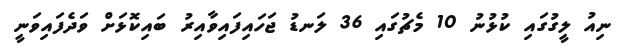
ނިއު ލީގުގައި ކުޅުނު 10 މެޗުގައި 36 ލަނޑު ޖަހައިފައިވާއިރު ބައިކޮޅަށް ވަދެފައިވަނީ